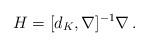
LaTeX: \begin{align*}H = [d_K, \nabla]^{-1} \nabla\,.\end{align*}